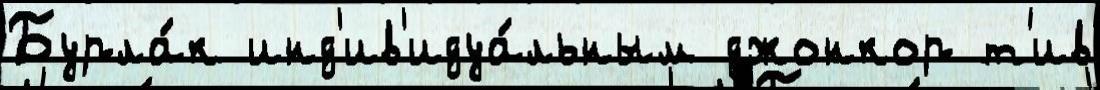
Бурла́к инд'ив'идуа́льным джонкор т'ив